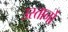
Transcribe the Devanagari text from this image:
उस्तानों